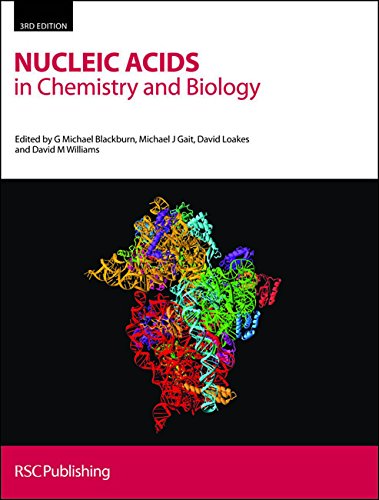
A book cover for Nucleic Acids in Chemistry and Biology: RSC; Science & Math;